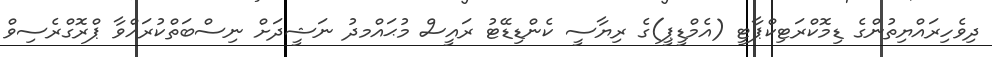
ދިވެހިރައްޔިތުންގެ ޑިމޮކްރަޓިކްޕާޓީ (އެމްޑީޕީ)ގެ ރިޔާސީ ކެންޑިޑޭޓު ރައީސް މުޙައްމދު ނަޝީދަށް ނިސްބަތްކުރައްވާ ޕްރޮގްރެސިވް